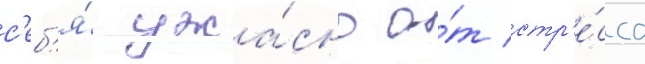
с'еб'я́ ужа́сно о́т стр'е́сса